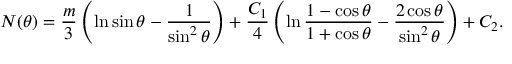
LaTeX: N ( \theta ) = \frac { m } 3 \left( \ln \sin \theta - \frac 1 { \sin ^ { 2 } \theta } \right) + \frac { C _ { 1 } } 4 \left( \ln \frac { 1 - \cos \theta } { 1 + \cos \theta } - \frac { 2 \cos \theta } { \sin ^ { 2 } \theta } \right) + C _ { 2 } .